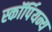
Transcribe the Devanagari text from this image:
स्कॉर्पियन्य